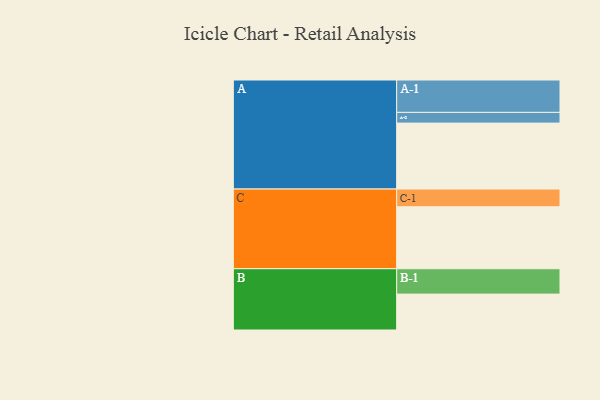
{"axis": {"x": "Segment", "y": "Value"}, "legend": ["", "A", "B", "C"], "data": [{"x": "A", "y": 566, "type": ""}, {"x": "B", "y": 308, "type": ""}, {"x": "C", "y": 532, "type": ""}, {"x": "A-1", "y": 278, "type": "A"}, {"x": "A-2", "y": 92, "type": "A"}, {"x": "B-1", "y": 218, "type": "B"}, {"x": "C-1", "y": 152, "type": "C"}]}